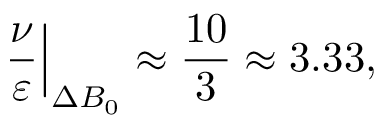
\left. \frac \nu \varepsilon \right\vert _ { \Delta B _ { 0 } } \approx \frac { 1 0 } { 3 } \approx 3 . 3 3 ,